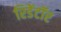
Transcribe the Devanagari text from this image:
रिडेंटॉर